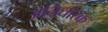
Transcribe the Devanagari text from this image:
अनिर्धारक